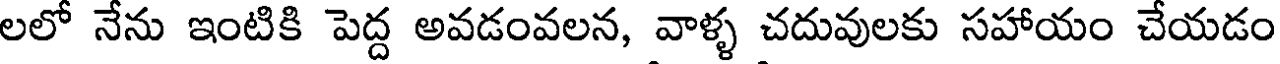
లలో నేను ఇంటికి పెద్ద అవడంవలన, వాళ్ళ చదువులకు సహాయం చేయడం